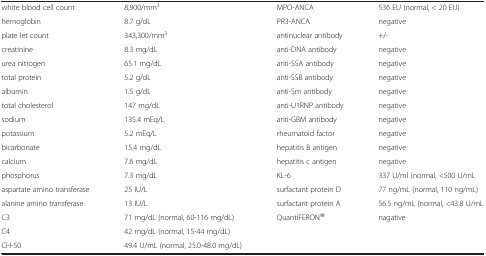
|  |  |  |  |
 | --- | --- | --- | --- |
 | white blood cell count | 8,900/mm3 | MPO-ANCA | 536 EU (normal, < 20 EU) |
 | hemoglobin | 8.7 g/dL | PR3-ANCA | negative |
 | plate let count | 343,300/mm3 | antinuclear antibody | +/- |
 | creatinine | 8.3 mg/dL | anti-DNA antibody | negative |
 | urea nitrogen | 65.1 mg/dL | anti-SSA antibody | negative |
 | total protein | 5.2 g/dL | anti-SSB antibody | negative |
 | albumin | 1.5 g/dL | anti-Sm antibody | negative |
 | total cholesterol | 147 mg/dL | anti-U1RNP antibody | negative |
 | sodium | 135.4 mEq/L | anti-GBM antibody | negative |
 | potassium | 5.2 mEq/L | rheumatoid factor | negative |
 | bicarbonate | 15.4 mg/dL | hepatitis B antigen | negative |
 | calcium | 7.6 mg/dL | hepatitis c antigen | negative |
 | phosphorus | 7.3 mg/dL | KL-6 | 337 U/ml (normal, <500 U/mL |
 | aspartate amino transferase | 25 IU/L | surfactant protein D | 77 ng/mL (normal, 110 ng/mL) |
 | alanine amino transferase | 13 IU/L | surfactant protein A | 56.5 ng/mL (normal, <43.8 U/mL |
 | C3 | 71 mg/dL (normal, 60-116 mg/dL) | QuantiFERON® | nagative |
 | C4 | 42 mg/dL (normal, 15-44 mg/dL) |  |  |
 | CH-50 | 49.4 U/mL (normal, 25.0-48.0 mg/dL) |  |  |